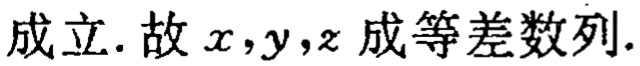
成立. 故 \(x,y,z\) 成等差数列.